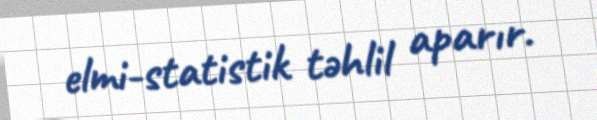
elmi-statistik təhlil aparır.